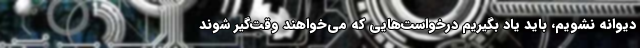
دیوانه نشویم، باید یاد بگیریم درخواست‌هایی که می‌خواهند وقت‌گیر شوند